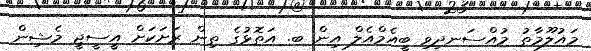
މައުލޫމާތު މުއްސަނދިވި ބީއެމްއެލް އިން ބ. އަތޮޅުގެ ތިން ރަށަކަށް އީސީޖީ މެޝިން